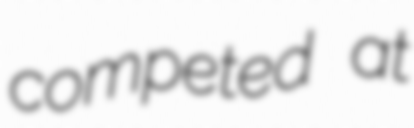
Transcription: competed at